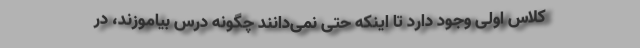
کلاس اولی وجود دارد تا اینکه حتی نمی‌دانند چگونه درس بیاموزند، در